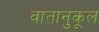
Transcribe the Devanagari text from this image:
वातानुकूल